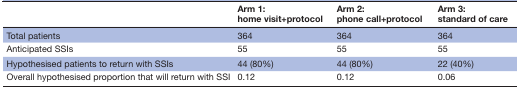
|  | Arm 1: home visit+protocol | Arm 2: phone call+protocol | Arm 3: standard of care |
 | --- | --- | --- | --- |
 | Total patients | 364 | 364 | 364 |
 | Anticipated SSIs | 55 | 55 | 55 |
 | Hypothesised patients to return with SSIs | 44 (80%) | 44 (80%) | 22 (40%) |
 | Overall hypothesised proportion that will return with SSI | 0.12 | 0.12 | 0.06 |